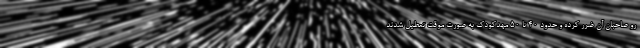
رو صاحبان آن ضرر کرده و حدود ۴۰ تا ۵۰ مهدکودک به صورت موقت تعطیل شدند